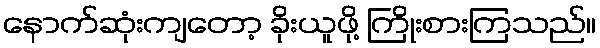
နောက်ဆုံးကျတော့ ခိုးယူဖို့ ကြိုးစားကြသည်။